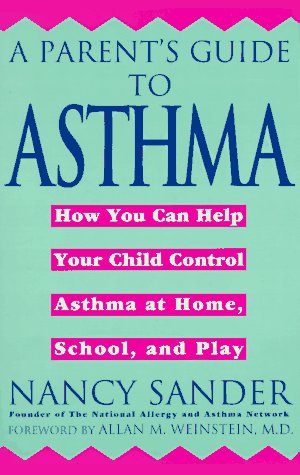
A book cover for A Parent's Guide to Asthma: How You Can Help Your Child Control Asthma at Home, School and Play; Nancy Sander; Health, Fitness & Dieting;